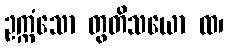
ဥက္ကံသော တွတိသယော ထ၊